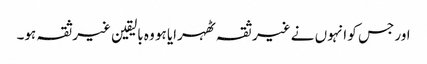
اور جس کو انہوں نے غیر ثقہ ٹھہرایا ہو وہ بالیقین غیرثقہ ہو۔